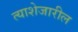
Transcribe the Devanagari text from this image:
त्याशेजारील